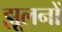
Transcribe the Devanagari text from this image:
झूलनों